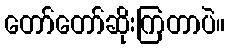
တော်တော်ဆိုးကြတာပဲ။